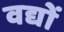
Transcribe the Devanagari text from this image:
वद्यों